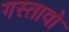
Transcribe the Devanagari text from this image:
गस्तावो